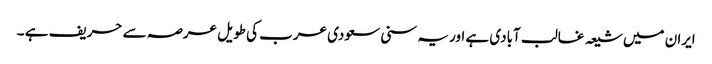
ایران میں شیعہ غالب آبادی ہے اور یہ سنی سعودی عرب کی طویل عرصہ سے حریف ہے ۔